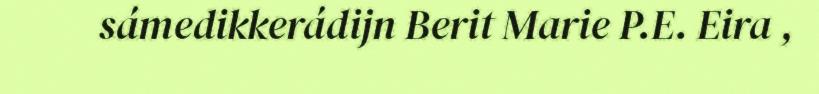
sámedikkerádijn Berit Marie P.E. Eira ,